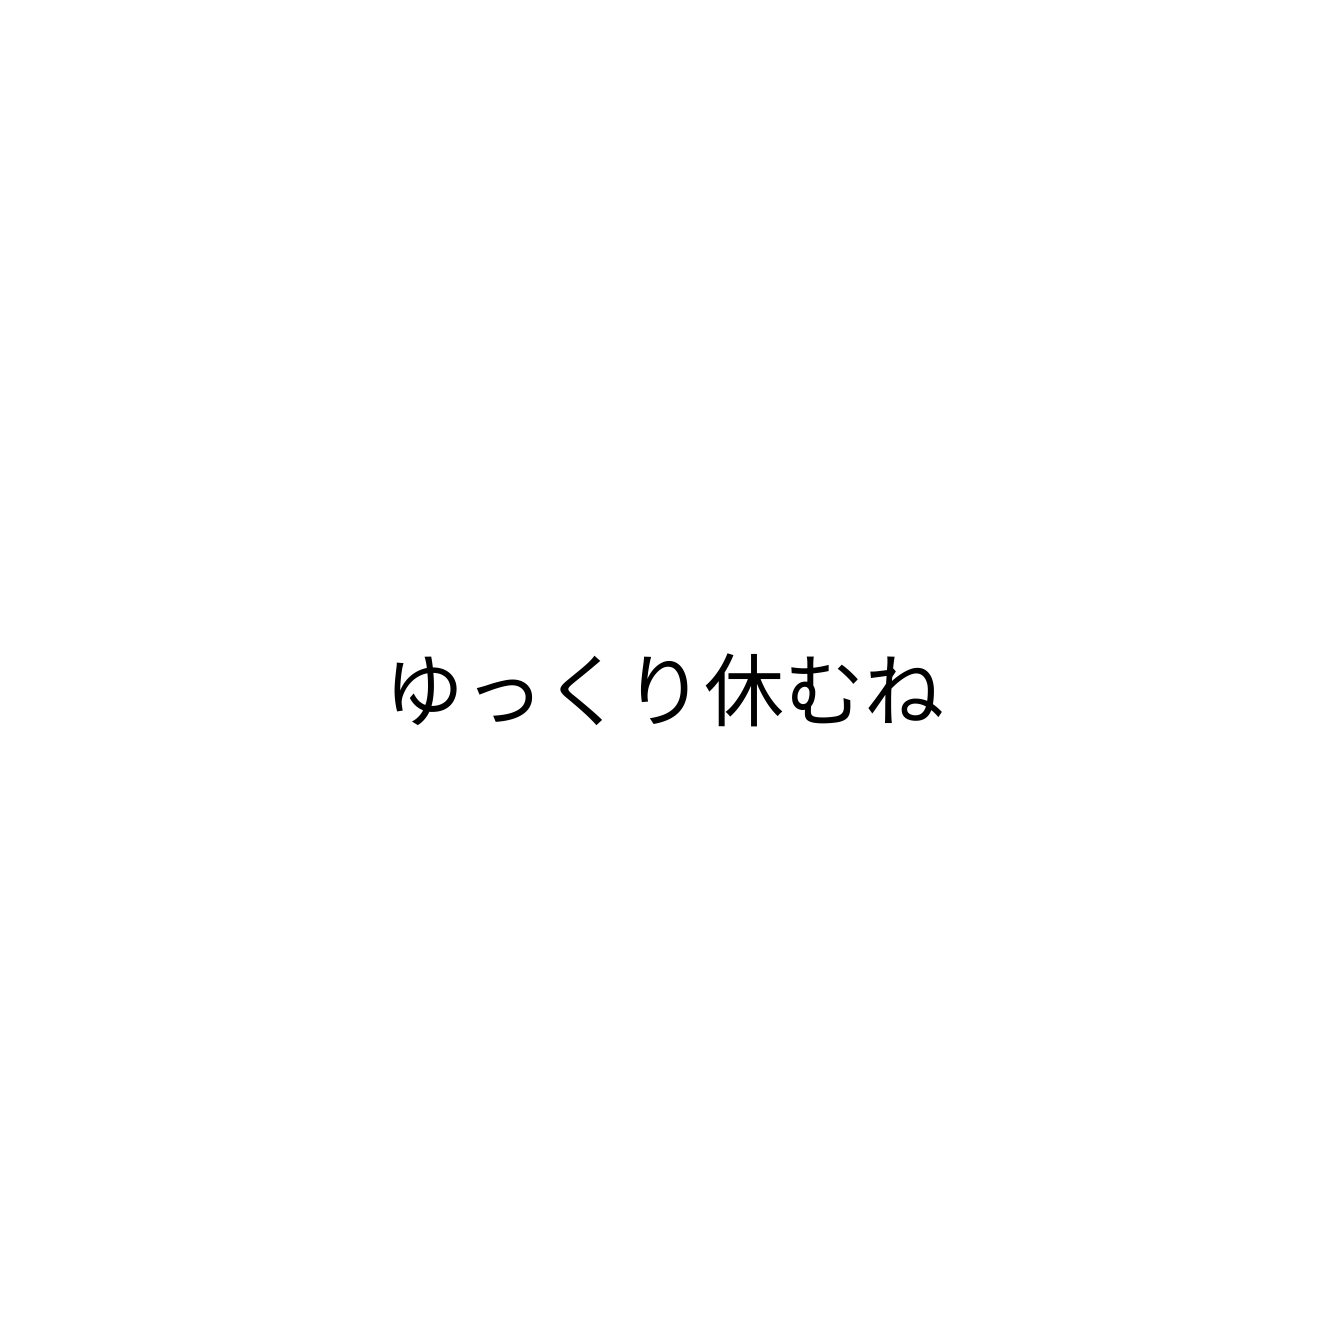
ゆっくり休むね